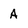
Character: A